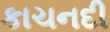
કાચનદી